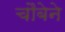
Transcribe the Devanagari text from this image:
चौबेने